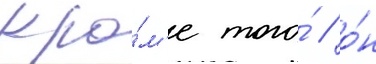
Кро́м'е того́ / о́н